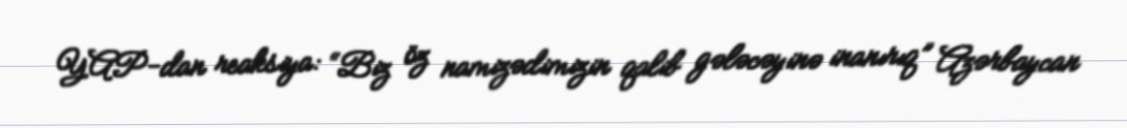
YAP-dan reaksiya: “Biz öz namizədimizin qalib gələcəyinə inanırıq” Azərbaycan